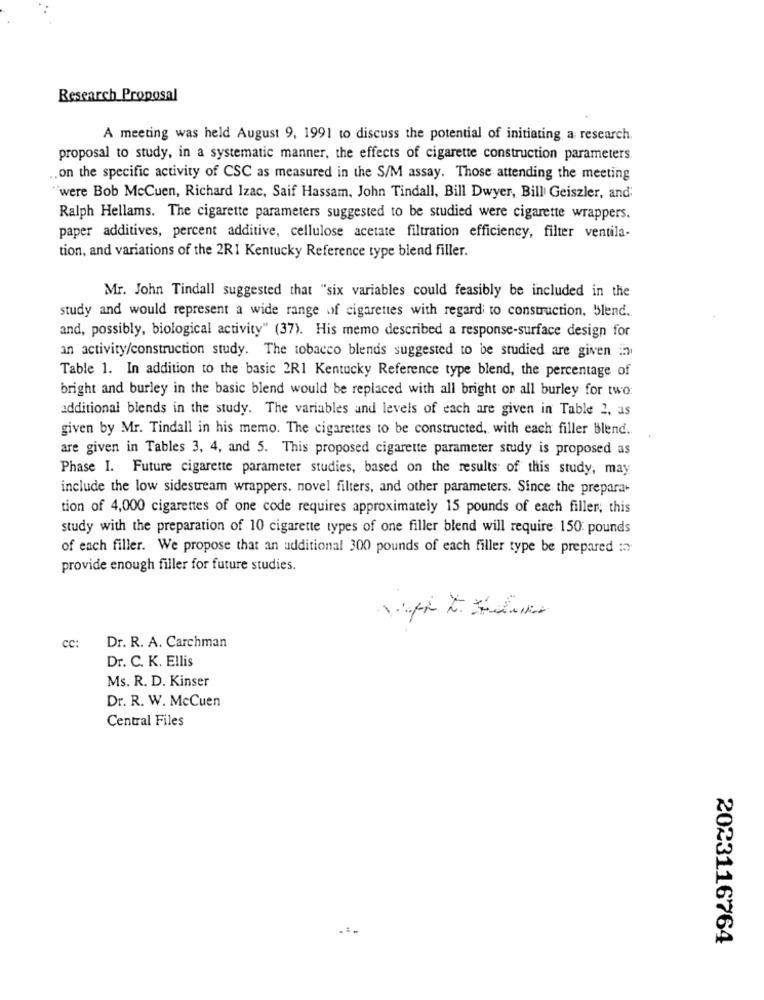
Research Proposal
A meeting was held August 9, 1991 to discuss the potential of initiating a research.
proposal to study, in a systematic manner, the effects of cigarette construction parameters.
.. on the specific activity of CSC as measured in the S/M assay. Those attending the meeting
"were Bob McCuen, Richard Izac, Saif Hassam, John Tindall, Bill Dwyer, Bill Geiszler, and'
Ralph Hellams. The cigarette parameters suggested to be studied were cigarette wrappers.
paper additives, percent additive, cellulose acetate filtration efficiency, filter ventila-
tion, and variations of the 2RI Kentucky Reference type blend filler.
Mr. John Tindall suggested that "six variables could feasibly be included in the
study and would represent a wide range of cigarettes with regard to construction, blend.
and, possibly, biological activity" (37). His memo described a response-surface design for
an activity/construction study. The tobacco blends suggested to be studied are given in
Table 1. In addition to the basic 2R1 Kentucky Reference type blend, the percentage of
bright and burley in the basic blend would be replaced with all bright on all burley for two:
additional blends in the study. The variables and levels of each are given in Table 2, as
given by Mr. Tindall in his memo. The cigarettes to be constructed, with each filler Blend.
are given in Tables 3, 4, and 5. This proposed cigarette parameter study is proposed as
Phase I. Future cigarette parameter studies, based on the results of this study, may
include the low sidestream wrappers. novel filters, and other parameters. Since the prepara-
tion of 4,000 cigarettes of one code requires approximately 15 pounds of each filler; this
study with the preparation of 10 cigarette types of one filler blend will require 150 pounds
of each filler. We propose that an additional 300 pounds of each filler type be prepared :
provide enough filler for future studies.
cc:
Dr. R. A. Carchman
Dr. C. K. Ellis
Ms. R. D. Kinser
Dr. R. W. McCuen
Central Files
2023116764